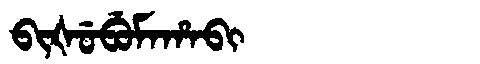
Manchu: ᠪᡳᡧᡠᠪᡠᠮᠠᡥᠠᠪᡳ
Romanization: BIŠUBUMAHABI